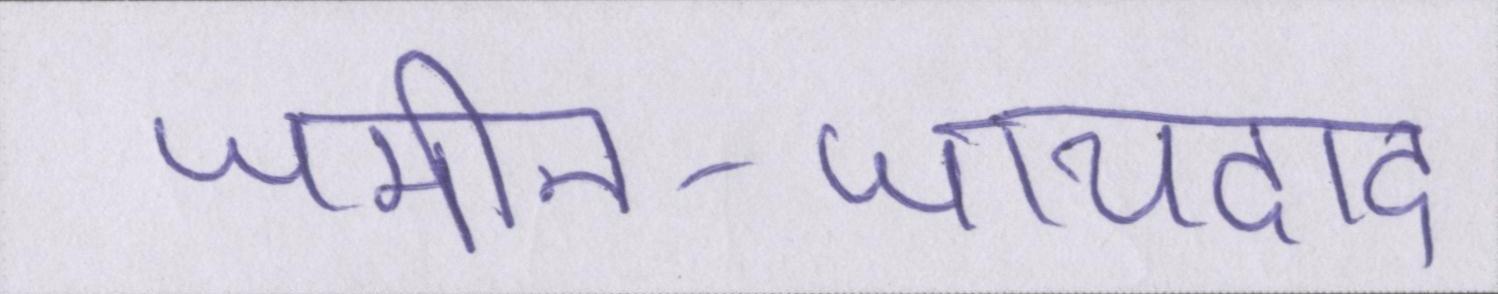
जमीन-जायदाद